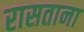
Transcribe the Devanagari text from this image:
रासताना